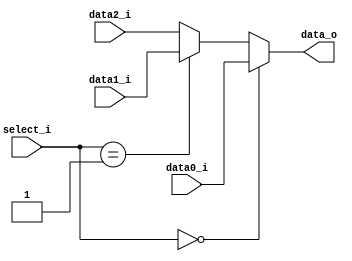
module Mux3to1( data0_i, data1_i, data2_i, select_i, data_o );

parameter size = 0;			   
			
//I/O ports               
input wire	[size-1:0] data0_i;          
input wire	[size-1:0] data1_i;
input wire	[size-1:0] data2_i;
input wire	[2-1:0] select_i;
output wire	[size-1:0] data_o; 

//Main function
/*your code here*/
assign data_o =  (select_i == 2'b00)? data0_i:
				 (select_i == 2'b01)? data1_i:
								      data2_i;

endmodule